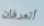
أتعرفان